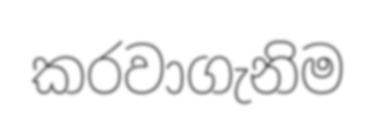
කරවාගැනිම